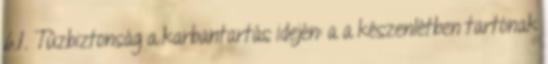
6.1. Tûzbiztonság a karbantartás idején: a a készenlétben tartónak